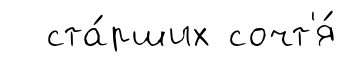
ста́рших сочт'я́